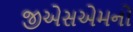
જીએસએમનો